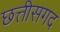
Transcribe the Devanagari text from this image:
छत्तीसगद